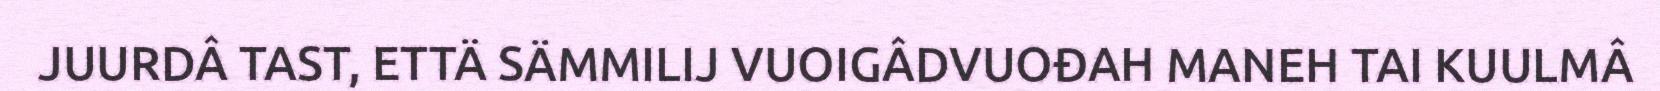
JUURDÂ TAST, ETTÄ SÄMMILIJ VUOIGÂDVUOĐAH MANEH TAI KUULMÂ